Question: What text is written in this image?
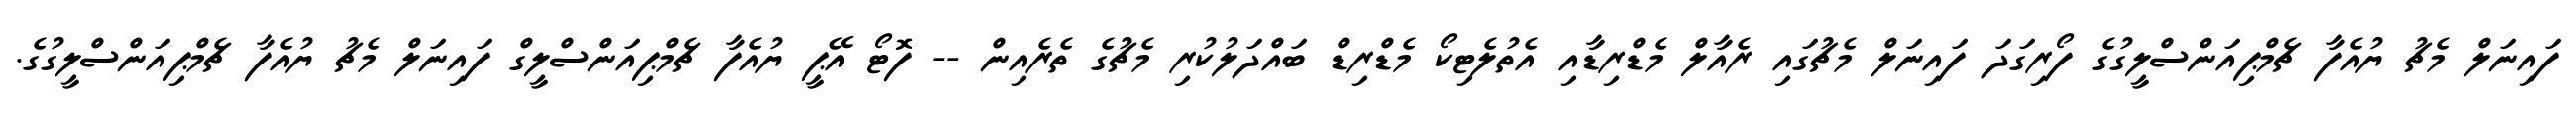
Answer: ފައިނަލް މެޗު ޔުއެފާ ޗެމްޕިއަންސްލީގުގެ ފޯރިގަދަ ފައިނަލް މެޗުގައި ރެއާލް މެޑްރިޑާއި އެތުލެޓިކޯ މެޑްރިޑް ބައްދަލުކުރި މެޗުގެ ތެރެއިން -- ފޮޓޯ އޭޕީ ޔުއެފާ ޗެމްޕިއަންސްލީގް ފައިނަލް މެޗު ޔުއެފާ ޗެމްޕިއަންސްލީގުގެ.